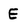
Character: E